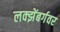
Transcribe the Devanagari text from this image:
लक्झेंबर्गवर